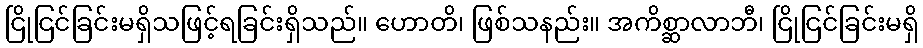
ငြိုငြင်ခြင်းမရှိသဖြင့်ရခြင်းရှိသည်။ ဟောတိ၊ ဖြစ်သနည်း။ အကိစ္ဆာလာဘီ၊ ငြိုငြင်ခြင်းမရှိ